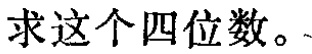
求这个四位数。